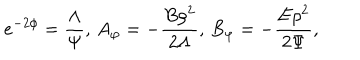
e ^ { - 2 \phi } = \frac { \Lambda } { \Psi } , \, A _ { \varphi } = - \frac { B \rho ^ { 2 } } { 2 \Lambda } , \, B _ { \varphi } = - \frac { E \rho ^ { 2 } } { 2 \Psi } ,